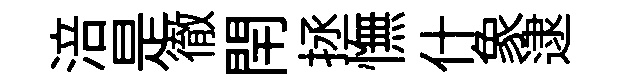
涪是徹閈拯憮什象逮